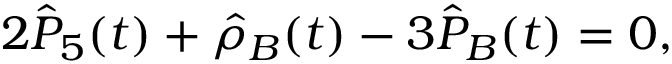
2 \hat { P } _ { 5 } ( t ) + \hat { \rho } _ { B } ( t ) - 3 \hat { P } _ { B } ( t ) = 0 ,